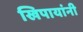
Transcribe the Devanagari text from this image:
खिपायांनी